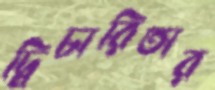
দ্বিচারিতার